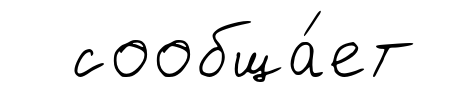
сообща́ет